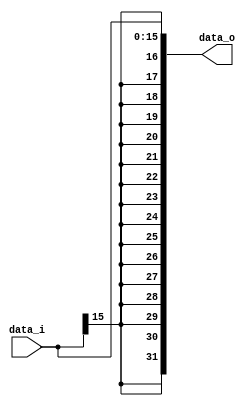
//Subject:     CO project 2 - Sign extend
//--------------------------------------------------------------------------------
//Version:     1
//--------------------------------------------------------------------------------
//Writer:      110652011
//----------------------------------------------
//Date:        
//----------------------------------------------
//Description: Extent 16-bits sign to 32-bits
//--------------------------------------------------------------------------------
`timescale 1ns/1ps
module Sign_Extend(
    data_i,
    data_o
    );
               
//I/O ports
input   [16-1:0] data_i;
output  [32-1:0] data_o;

//Internal Signals
reg     [32-1:0] data_o;
integer i;

//Sign extended

always @(data_i) begin
    for (i = 0; i < 16; i = i + 1) begin
        data_o[i] = data_i[i];
    end
    for (i = 16; i < 32; i = i + 1) begin
        data_o[i] = data_i[15];
    end
end
          
endmodule